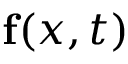
\mathbf { f } ( { \boldsymbol { x } } , t )